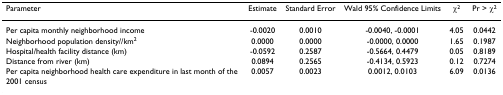
| Parameter | Estimate | Standard Error | Wald 95% Confidence Limits | χ2 | Pr > χ2 |
 | --- | --- | --- | --- | --- | --- |
 | Per capita monthly neighborhood income | -0.0020 | 0.0010 | -0.0040, -0.0001 | 4.05 | 0.0442 |
 | Neighborhood population density//km2 | 0.0000 | 0.0000 | -0.0000, 0.0000 | 1.65 | 0.1987 |
 | Hospital/health facility distance (km) | -0.0592 | 0.2587 | -0.5664, 0.4479 | 0.05 | 0.8189 |
 | Distance from river (km) | 0.0894 | 0.2565 | -0.4134, 0.5923 | 0.12 | 0.7274 |
 | Per capita neighborhood health care expenditure in last month of the 2001 census | 0.0057 | 0.0023 | 0.0012, 0.0103 | 6.09 | 0.0136 |